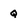
Character: q